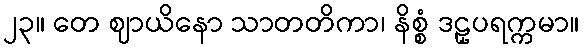
၂၃။ တေ ဈာယိနော သာတတိကာ၊ နိစ္စံ ဒဠှပရက္ကမာ။